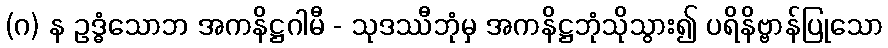
(ဂ) န ဥဒ္ဓံသောဘ အကနိဋ္ဌဂါမီ - သုဒဿီဘုံမှ အကနိဋ္ဌဘုံသိုသွား၍ ပရိနိဗ္ဗာန်ပြုသော